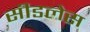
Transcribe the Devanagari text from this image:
सीडलेस